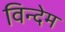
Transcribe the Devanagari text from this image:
विन्देम